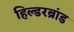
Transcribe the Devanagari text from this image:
हिल्डरब्रांड